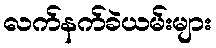
လက်နက်ခဲယမ်းများ